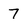
Character: 7